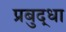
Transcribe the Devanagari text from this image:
प्रबुद्धा